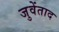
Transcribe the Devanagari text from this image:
जुवेंताद